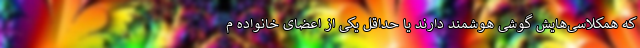
که همکلاسی‌هایش گوشی هوشمند دارند یا حداقل یکی از اعضای خانواده م